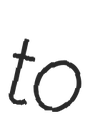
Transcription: to